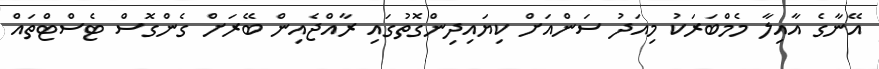
އޭނާގެ އާއިލާ މެމްބަރަކު މިއަދު ސަންއަށް ކިޔައިދިންގޮތުގައި ރާއްޖެއިން ބޭރަށް ގެންގޮސް ޓެސްޓްތައް